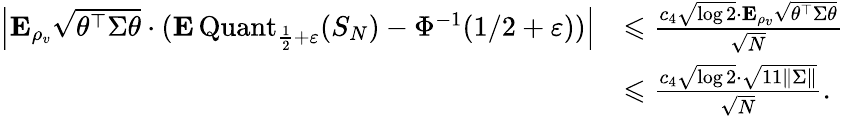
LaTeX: \begin{array}{rl}{\left|{\mathbf E}_{\rho_{v}}\sqrt{\theta^{\top}\Sigma\theta}\cdot({\mathbf E}\operatorname{Quant}_{\frac{1}{2}+\varepsilon}(S_{N})-\Phi^{-1}(1/2+\varepsilon))\right|}&{\leqslant\frac{c_{4}\sqrt{\log 2}\cdot{\mathbf E}_{\rho_{v}}\sqrt{\theta^{\top}\Sigma\theta}}{\sqrt{N}}}\\ &{\leqslant\frac{c_{4}\sqrt{\log 2}\cdot\sqrt{11\| \Sigma\| }}{\sqrt{N}}.}\end{array}